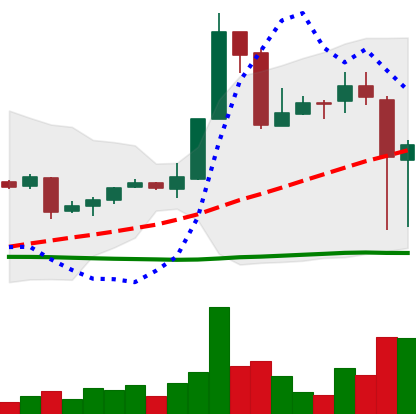
Ticker: XRP-USD
Chart end date: 2018-11-15
Forward return: -9.753%
Label: down_7plus